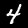
Digit: 4